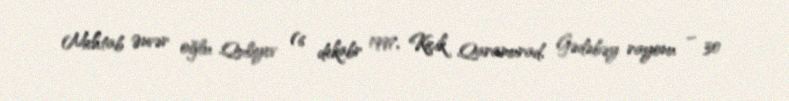
Mehtab Ənvər oğlu Quliyev (6 dekabr 1997, Kiçik Qaramurad, Gədəbəy rayonu – 30